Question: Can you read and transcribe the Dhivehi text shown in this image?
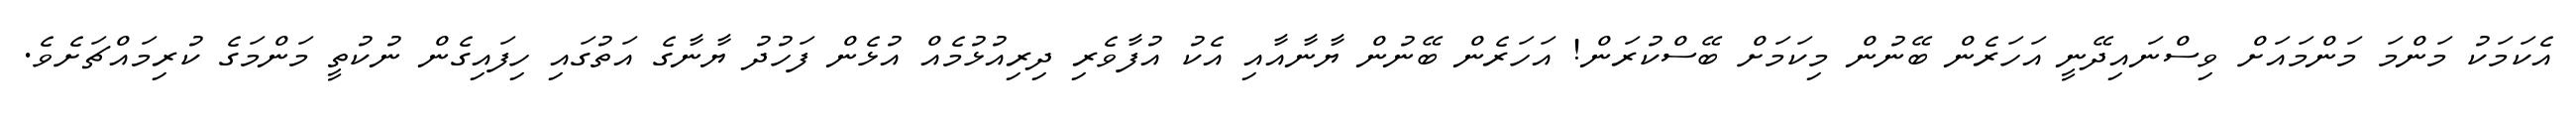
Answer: އެކަމަކު މަންމަ މަންމައަށް ވިސްނައިދޭނީ އަހަރެން ބޭނުން މިކަމަށް ބޭސްކުރަން! އަހަރެން ބޭނުން ޔާނާއާއި އެކު އުފާވެރި ދިރިއުޅުމެއް އުޅެން ފަހުދު ޔާނާގެ އަތުގައި ހިފައިގެން ނުކުތީ މަންމަގެ ކުރިމައްޗަށެވެ.